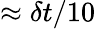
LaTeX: \approx\delta t/10